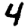
Digit: 4